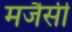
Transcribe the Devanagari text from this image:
मजैसी